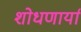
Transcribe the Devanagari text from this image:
शोधणार्या